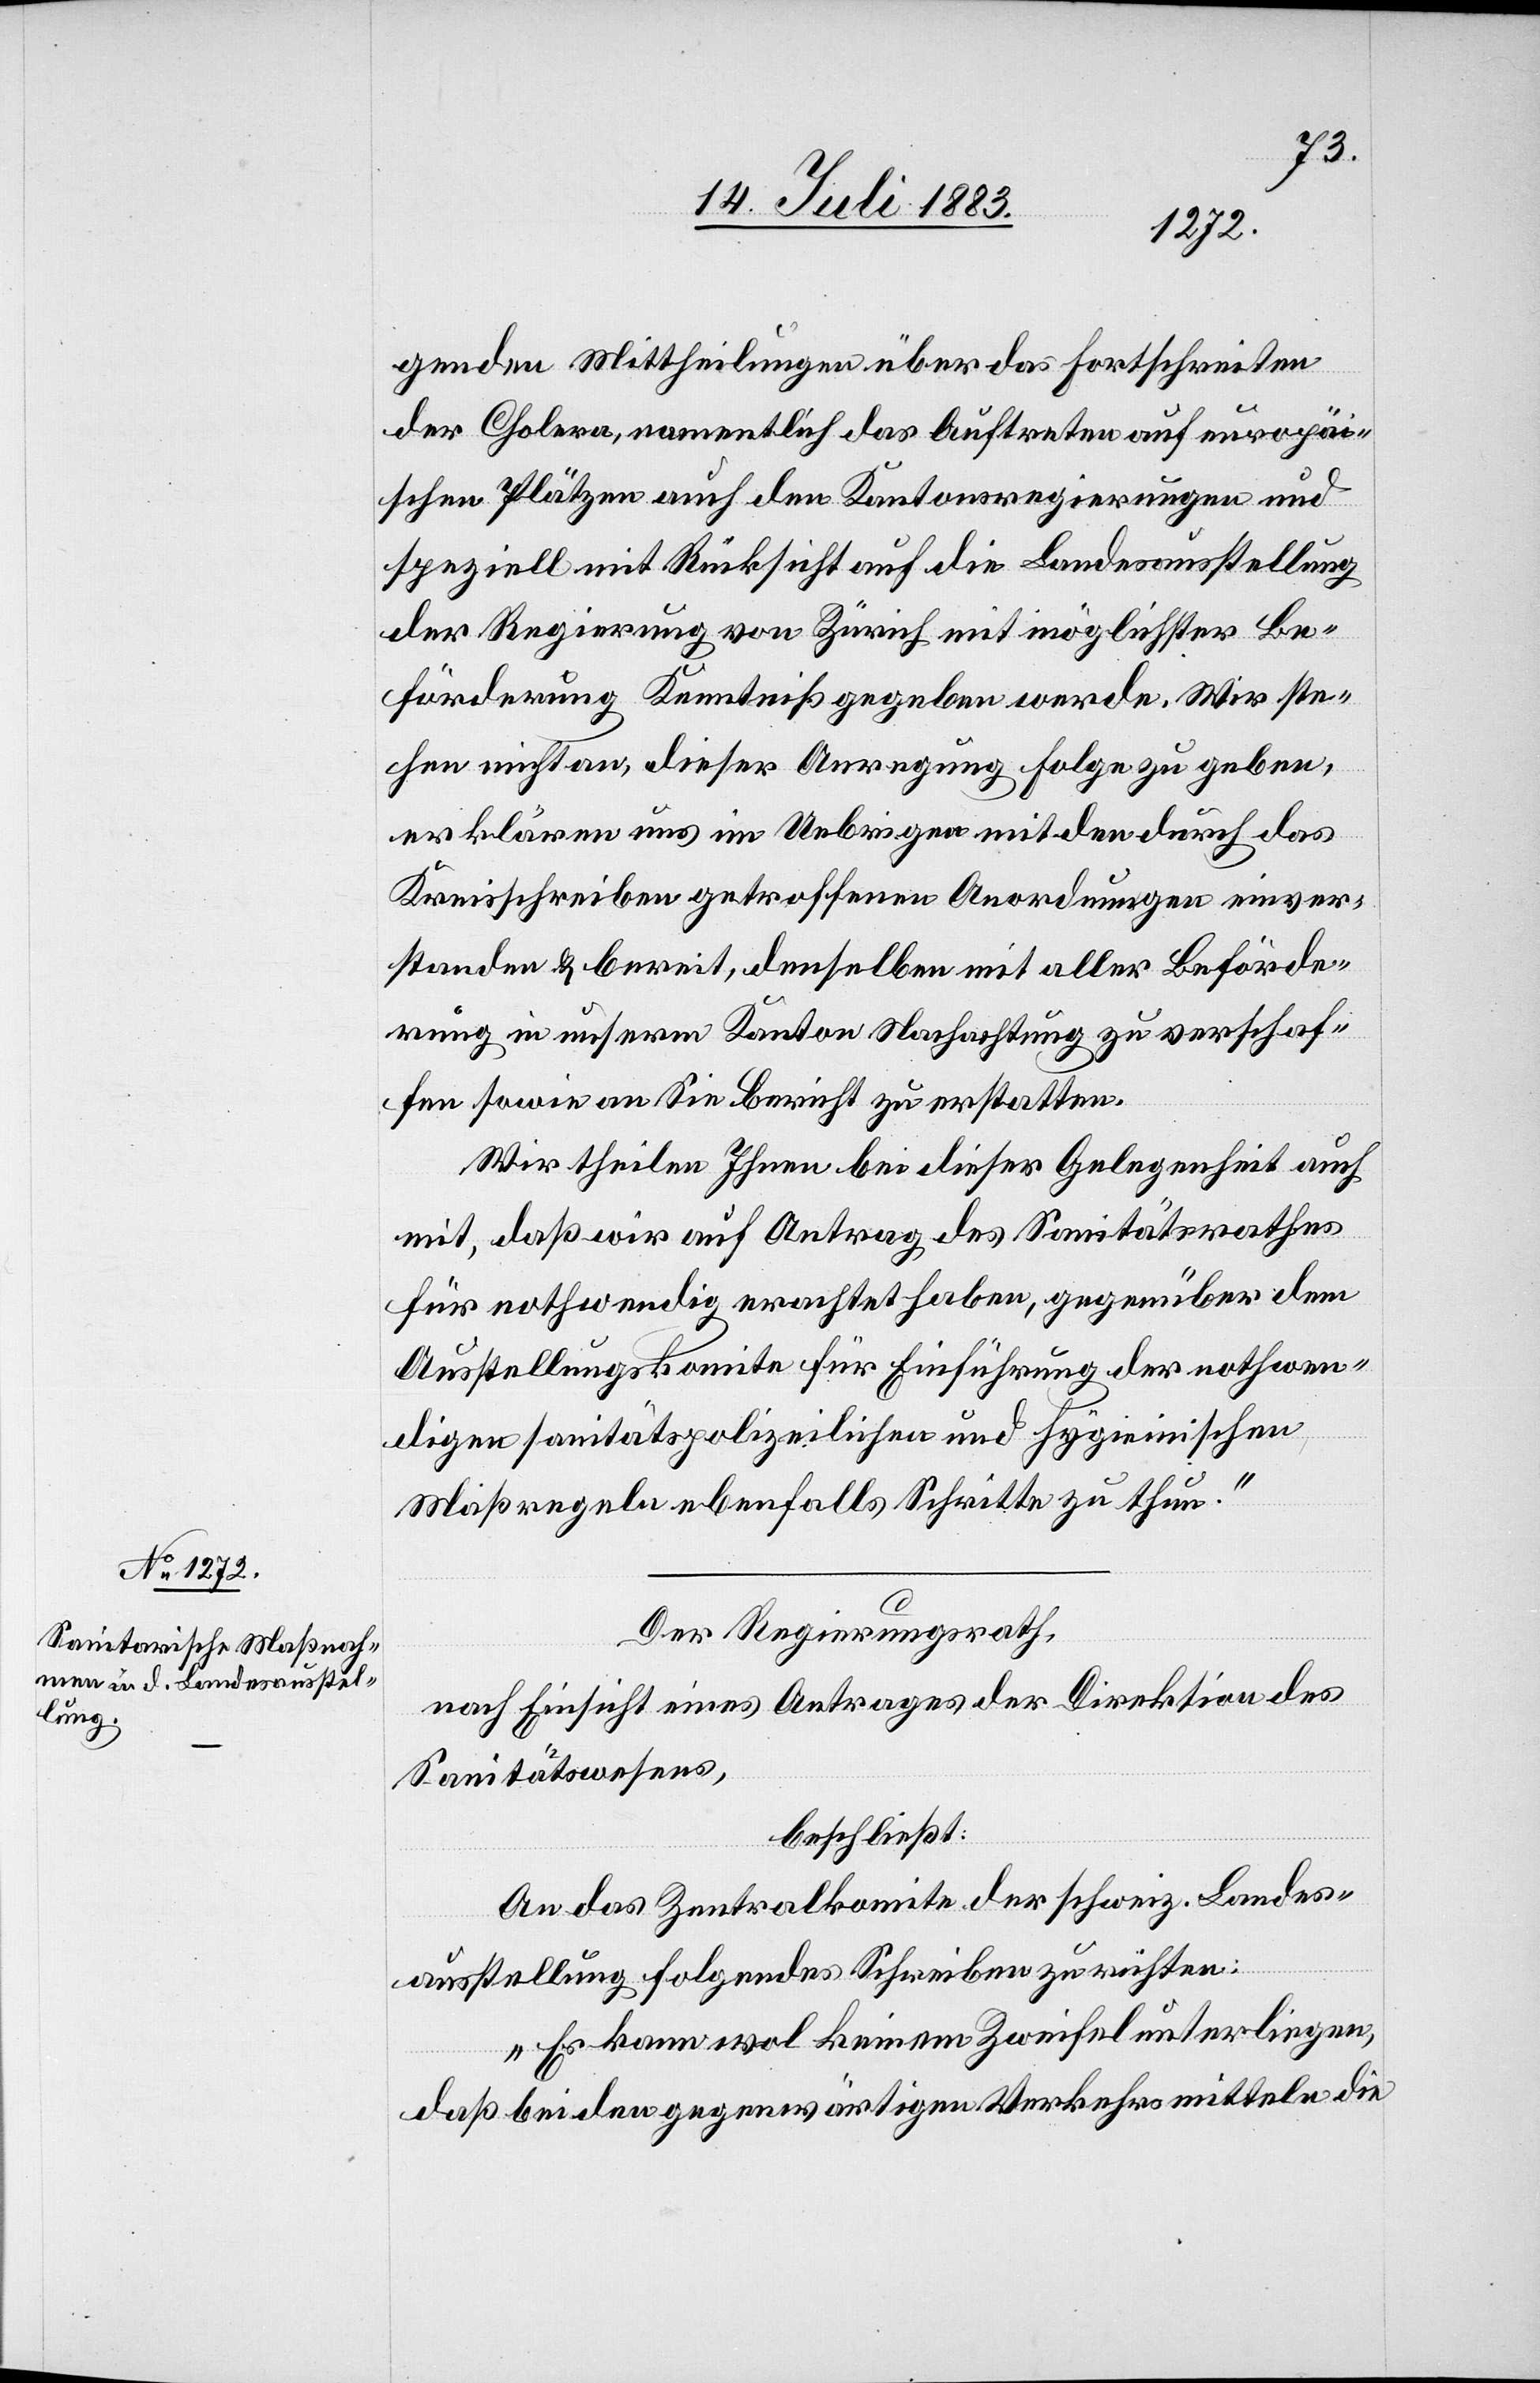
genden Mittheilungen über das Fortschreiten
der Cholera, namentlich das Auftreten auf europä¬
ischen Plätzen auch den Kantonsregierungen und
speziell mit Rücksicht auf die Landesausstellung
der Regierung von Zürich mit möglichster Be¬
förderung Kenntniß gegeben werde. Wir ste¬
hen nicht an, dieser Anregung Folge zu geben,
erklären uns im Uebrigen mit den durch das
Kreisschreiben getroffenen Anordnungen einver¬
standen & bereit, denselben mit aller Beförde¬
rung in unserm Kanton Nachachtung zu verschaf¬
fen sowie an Sie Bericht zu erstatten.
Wir theilen Ihnen bei dieser Gelegenheit auch
mit, daß wir auf Antrag des Sanitätsrathes
für nothwendig erachtet haben, gegenüber dem
Ausstellungskomite für Einführung der nothwen¬
digen sanitätspolizeilichen und hygienischen
Maßregeln ebenfalls Schritte zu thun.“
Der Regierungsrath,
nach Einsicht eines Antrages der Direktion des
Sanitätswesens,
beschließt:
An das Zentralkomite der schweiz. Landes¬
ausstellung folgendes Schreiben zu richten:
„Es kann wol keinem Zweifel unterliegen,
daß bei den gegenwärtigen Verkehrsmitteln die